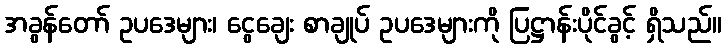
အခွန်တော် ဥပဒေများ၊ ငွေချေး စာချုပ် ဥပဒေများကို ပြဋ္ဌာန်းပိုင်ခွင့် ရှိသည်။